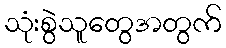
သုံးစွဲသူတွေအတွက်